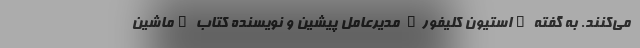
می‌کنند. به گفته "استیون کلیفور" مدیر‌عامل پیشین و نویسنده کتاب "ماشین